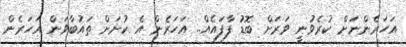
އަހަރެންނަށް ކުރެވުނީ ވަރަށް ބޮޑު ފާފައެއް.. އަހަރެން އެ ކުށަށް ތައުބާވަން އަހަރެން